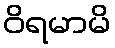
ဝိရမာမိ